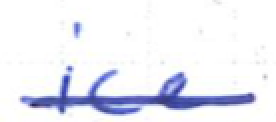
Text: ice
Cross-out: single-line
Writing tool: ballpoint